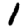
Digit: 1